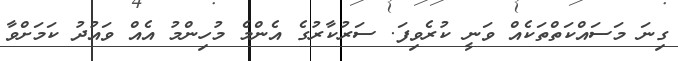
ގިނަ މަސައްކަތްތަކެއް ވަނީ ކުރެވިފަ. ސަރުކާރުގެ އެންމެ މުހިންމު އެއް ވައުދު ކަމަށްވާ